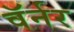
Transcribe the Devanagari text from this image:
वॅर्नर